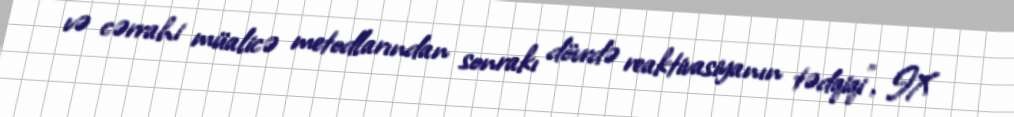
və cərrahi müalicə metodlarından sonrakı dövrdə reaktivasiyanın tədqiqi", IX